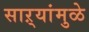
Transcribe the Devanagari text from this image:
साऱ्यांमुळे